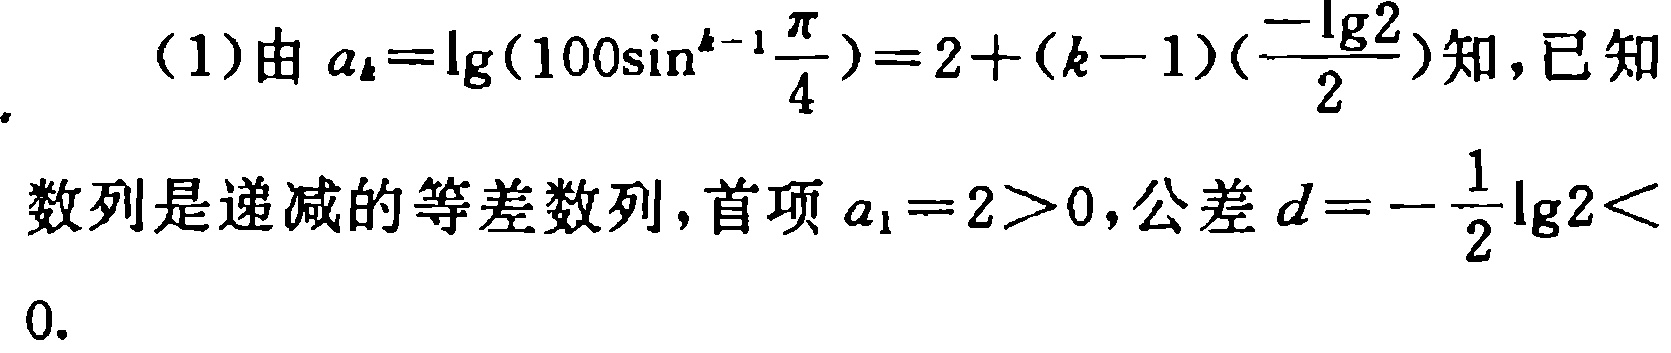
（1）由\(a_{k}=\lg(100\sin^{k - 1}\frac{\pi}{4}) = 2+(k - 1)(\frac{-\lg2}{2})\)知，已知数列是递减的等差数列，首项\(a_{1}=2>0\)，公差\(d = -\frac{1}{2}\lg2<0\)。